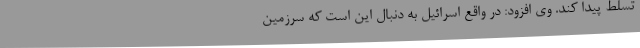
تسلط پیدا کند. وی افزود: در واقع اسرائیل به دنبال این است که سرزمین